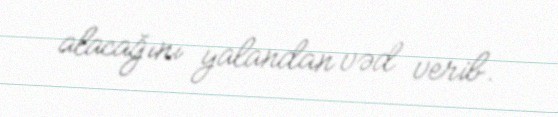
alacağını yalandan vəd verib.